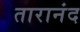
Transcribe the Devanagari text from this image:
तारानंद